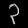
Digit: ၃